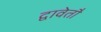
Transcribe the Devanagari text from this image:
द्वावेतौ